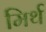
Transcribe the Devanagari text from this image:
मिर्थ